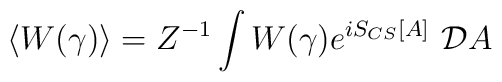
\langle W(\gamma) \rangle = Z^{-1} \int  W(\gamma) e^{iS_{CS}[A]} \  {\cal D}A